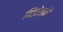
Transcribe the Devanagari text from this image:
विंडोजने